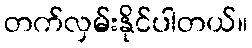
တက်လှမ်းနိုင်ပါတယ်။